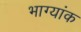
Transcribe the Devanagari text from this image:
भाग्यांक